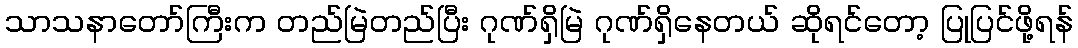
သာသနာတော်ကြီးက တည်မြဲတည်ပြီး ဂုဏ်ရှိမြဲ ဂုဏ်ရှိနေတယ် ဆိုရင်တော့ ပြုပြင်ဖို့ရန်